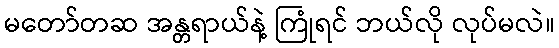
မတော်တဆ အန္တရာယ်နဲ့ ကြုံရင် ဘယ်လို လုပ်မလဲ။